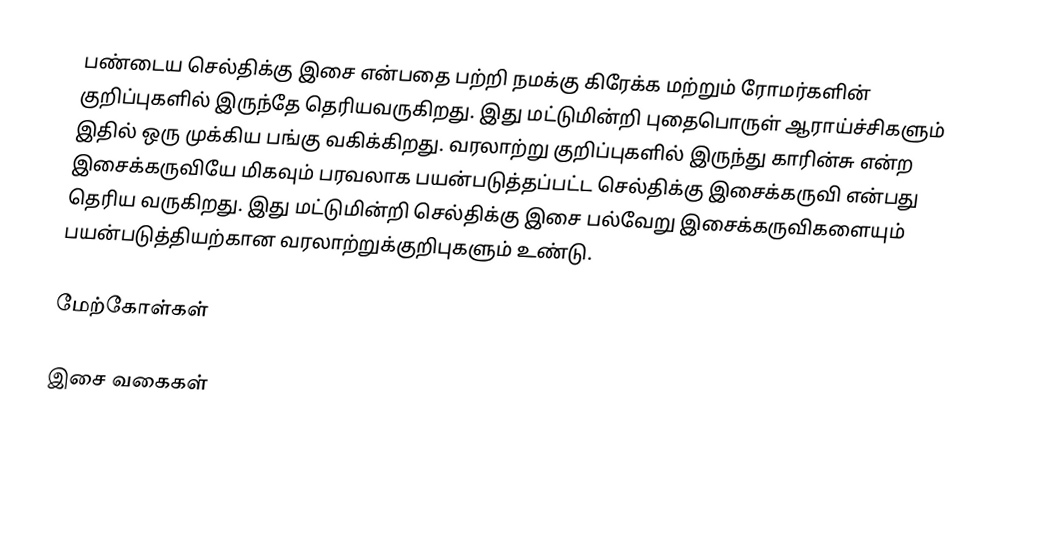
பண்டைய செல்திக்கு இசை என்பதை பற்றி நமக்கு கிரேக்க மற்றும் ரோமர்களின் குறிப்புகளில் இருந்தே தெரியவருகிறது. இது மட்டுமின்றி புதைபொருள் ஆராய்ச்சிகளும் இதில் ஒரு முக்கிய பங்கு வகிக்கிறது. வரலாற்று குறிப்புகளில் இருந்து காரின்சு என்ற இசைக்கருவியே மிகவும் பரவலாக பயன்படுத்தப்பட்ட செல்திக்கு இசைக்கருவி என்பது தெரிய வருகிறது. இது மட்டுமின்றி செல்திக்கு இசை பல்வேறு இசைக்கருவிகளையும் பயன்படுத்தியற்கான வரலாற்றுக்குறிபுகளும் உண்டு.

மேற்கோள்கள்

இசை வகைகள்